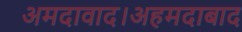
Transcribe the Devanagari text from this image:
अमदावाद।अहमदाबाद